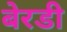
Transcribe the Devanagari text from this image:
बेरडी